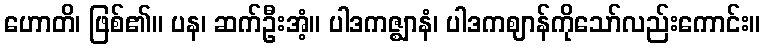
ဟောတိ၊ ဖြစ်၏။ ပန၊ ဆက်ဦးအံ့။ ပါဒကဇ္ဈာနံ၊ ပါဒကဈာန်ကိုသော်လည်းကောင်း။